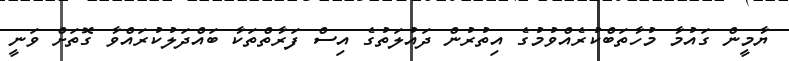
ޔާމީން ގައުމާ މުހާތަބްކުރެއްވުމުގެ އިތުރުން ދައުލަތުގެ އިސް ފަރާތްތަކާ ބައްދަލުކުރައްވާ ގޮތަށް ވަނީ